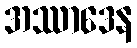
အဿာဒေန